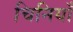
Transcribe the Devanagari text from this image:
चिनियाँ